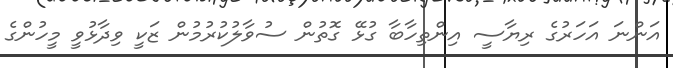
އަންނަ އަހަރުގެ ރިޔާސީ އިންތިހާބާ ގުޅޭ ގޮތުން ސުވާލުކުރުމުން ޒަކީ ވިދާޅުވީ މީހުންގެ